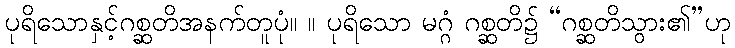
ပုရိသောနှင့်ဂစ္ဆတိအနက်တူပုံ။ ။ ပုရိသော မဂ္ဂံ ဂစ္ဆတိ၌ “ဂစ္ဆတိသွား၏”ဟု